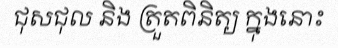
ជុសជុល និង ត្រួតពិនិត្យ ក្នុងនោះ